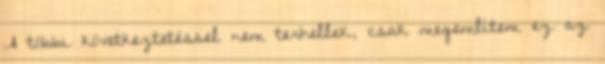
A többi következtetéssel nem terhellek, csak megemlítem ez az